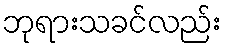
ဘုရားသခင်လည်း